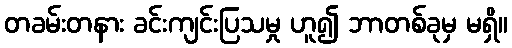
တခမ်းတနား ခင်းကျင်းပြသမှု ဟူ၍ ဘာတစ်ခုမှ မရှိ။